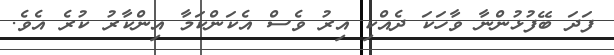
ފަދަ ބޭފުޅުންނާ ވާހަކަ ދެއްކި އިރު ވެސް އެކަންކަމާ އިންކާރު ކުރެ އެވެ.